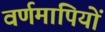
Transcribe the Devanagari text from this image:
वर्णमापियों